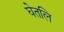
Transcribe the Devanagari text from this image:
घेतलि